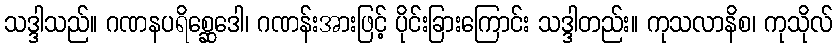
သဒ္ဒါသည်။ ဂဏနပရိစ္ဆေဒေါ၊ ဂဏန်းအားဖြင့် ပိုင်းခြားကြောင်း သဒ္ဒါတည်း။ ကုသလာနိစ၊ ကုသိုလ်